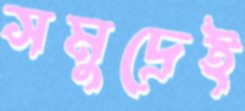
সমুদ্রেই